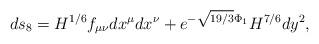
LaTeX: \begin{align*}ds_8=H^{1/6} f_{\mu\nu}dx^{\mu}dx^{\nu} +e^{- \sqrt{19/3} \Phi_1}H^{7/6} dy^2 ,\end{align*}